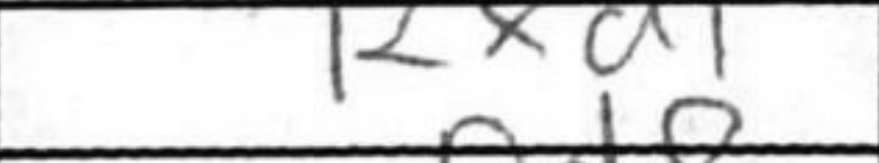
Transcription: Rxd1